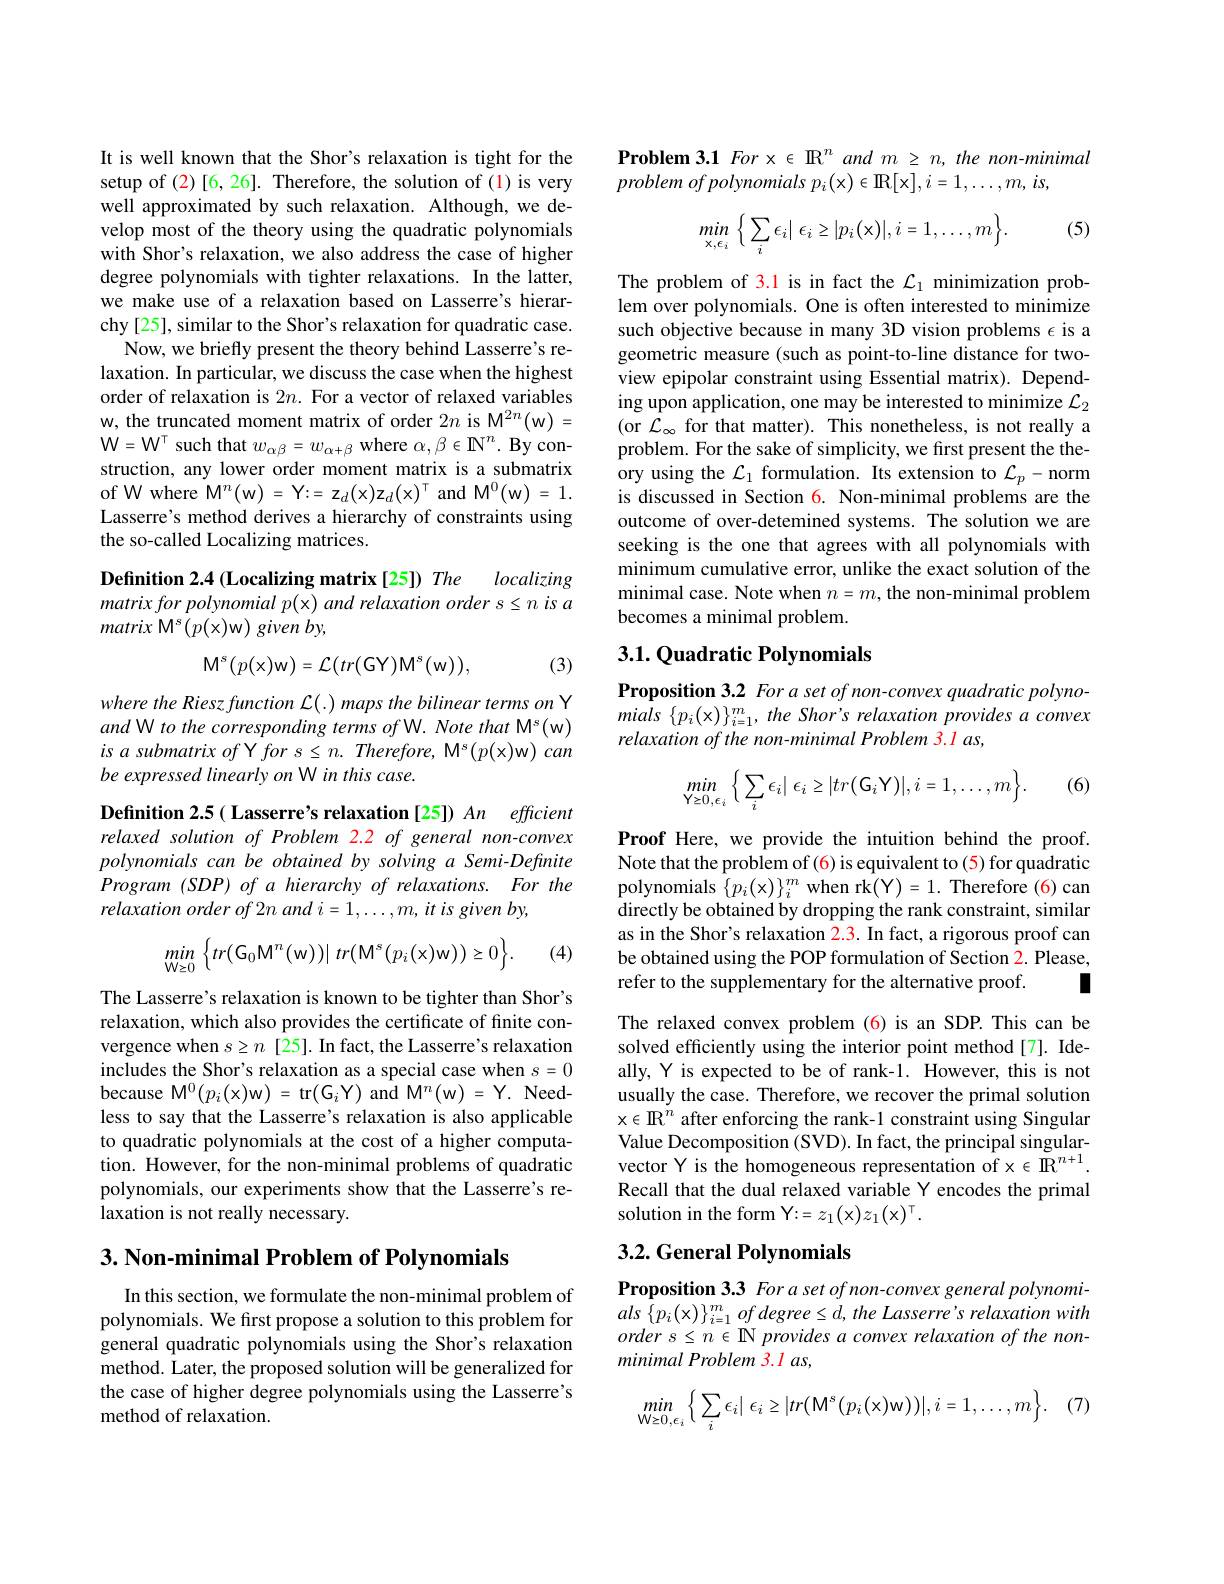
It is well known that the Shor's relaxation is tight for the setup of (2)[6,26]. Therefore, the solution of (1) is very well approximated by such relaxation. Although, we develop most of the theory using the quadratic polynomials with Shor's relaxation, we also address the case of higher degree polynomials with tighter relaxations. In the latter, we make use of a relaxation based on Lasserre's hierarchy [25], similar to the Shor's relaxation for quadratic case.
Now, we briefly present the theory behind Lasserre's relaxation. In particular, we discuss the case when the highest order of relaxation is $2n.$ For a vector of relaxed variables w, the truncated moment matrix of order $2n$ is M$^2n($w) = $\mathbf{W} = \mathbf{W} ^{\mathrm{T} }$ such that $w_\alpha\beta=w_\alpha+\beta$ where $\alpha,\beta\in\mathbf{N}^n.$ By construction, any lower order moment matrix is a submatrix of W where M$^n($w)=Y:=z$_d($x$)\mathbf{z}_d($x$)^\top$and M$^0($w)=1. Lasserre's method derives a hierarchy of constraints using the so-called Localizing matrices.

## Definition 2.4 (Localizing matrix[25]) The localizing $matrixforpolynomialp(x)andrelaxationorders\leq nisa$ matrix ${\mathrm{M} }^{s}( p( x) w)$ given $by$,

(3)
$$\mathrm{M}^{s}(p(\mathrm{x})\mathrm{w})=\mathcal{L}(tr(\mathrm{GY})\mathrm{M}^{s}(\mathrm{w})),$$
where the Riesz function L(.) maps the bilinear terms on Y and W to the corresponding terms of W. Note that M's(w) isasubmatrixof Y $fors\leq n.Therefore$, M'$(p(x)$w) can be expressed linearly on W in this case.

Definition 2.5( Lasserre's relaxation [25]) An efficient relaxed solution of Problem 2.2 of general non-convex polynomials can be obtained by solving a Semi-Definite $Program( SDP) \textit{of a hierarchy of relaxations. }For$ the $relaxation\textit{ order of 2n and i= 1, \ldots , m, it is given by}$,

(4)
$$\min\limits_{\text{W}\geq0}\Big\{tr(G_0M^n(w))|\:tr\big(M^s\big(p_i(x)w\big)\big)\geq0\Big\}.$$
The Lasserre's relaxation is known to be tighter than Shor's relaxation, which also provides the certificate of finite convergence when $s\geq n$ [25]. In fact, the Lasserre's relaxation includes the Shor's relaxation as a special case when $s=0$ because M$^0(p_{i}(x)w)=$tr$(G_{i}Y)$and M$^n(w)=Y.$ Needless to say that the Lasserre's relaxation is also applicable to quadratic polynomials at the cost of a higher computation. However, for the non-minimal problems of quadratic polynomials, our experiments show that the Lasserre's relaxation is not really necessary.

3. Non-minimal Problem of Polynomials

In this section, we formulate the non-minimal problem of polynomials. We first propose a solution to this problem for general quadratic polynomials using the Shor's relaxation method. Later, the proposed solution will be generalized for the case of higher degree polynomials using the Lasserre's method of relaxation.

$\textbf{Problem 3. 1 For x }\mathbb{R} ^{n}$ and $m\geq n, \textit{the non- minimal}$
$problem of polynomials p_{i}( x) \in$R$[ x] , i= 1, \ldots , m$, $is$,
$$\min\limits_{x,\epsilon_i}\Big\{\sum\limits_i\epsilon_i|\:\epsilon_i\ge|p_i(x)|,i=1,\dots,m\Big\}.$$
(5)

The problem of 3.1 is in fact the $\mathcal{L}_1$ minimization problem over polynomials. One is often interested to minimize such objective because in many 3D vision problems $\epsilon$ is a geometric measure (such as point-to-line distance for twoview epipolar constraint using Essential matrix). Depending upon application, one may be interested to minimize $\mathcal{L}_2$ (or $\mathcal{L}_\infty$ for that matter). This nonetheless, is not really a problem. For the sake of simplicity, we first present the theory using the $\mathcal{L}_1$ formulation. Its extension to $\mathcal{L}_p-$norm is discussed in Section $\color{red}6.$ Non-minimal problems are the outcome of over-detemined systems. The solution we are seeking is the one that agrees with all polynomials with minimum cumulative error, unlike the exact solution of the minimal case. Note when $n=m$, the non-minimal problem becomes a minimal problem.

## 3.1. Quadratic Polynomials

Proposition 3.2 For a set of non-convex quadratic polyno- $mials\left \{ p_{i}( \mathrm{x} ) \right \} _{i= 1}^{m}, the\textit{Shor' s relaxation provides a convex}$ relaxation of the non-minimal Problem 3.1 as,
$$\min\limits_{\text{Y}\ge0,\epsilon_i}\Big\{\sum\limits_i\epsilon_i|\:\epsilon_i\ge|tr\big(\text{G}_i\text{Y}\big)|,i=1,\dots,m\Big\}.$$
(6)

Proof Here, we provide the intuition behind the proof. Note that the problem of (6) is equivalent to (5) for quadratic polynomials $\{p_i($x$)\}_i^m$ when rk(Y)=1. Therefore (6)can directly be obtained by dropping the rank constraint, similar as in the Shor's relaxation 2.3. In fact, a rigorous proof can be obtained using the POP formulation of Section 2. Please, refer to the supplementary for the alternative proof.
I

The relaxed convex problem (6) is an SDP. This can be solved efficiently using the interior point method[7]. Ideally, Y is expected to be of rank-1. However, this is not usually the case. Therefore, we recover the primal solution x$\in\mathbb{R}^n$ after enforcing the rank-1 constraint using Singular Value Decomposition (SVD). In fact, the principal singularvector Y is the homogeneous representation of x $\in\mathbb{R}^{n+1}.$ Recall that the dual relaxed variable Y encodes the primal solution in the form Y:= z{1}(x)z{1}(x){}{}.

## 3.2. General Polynomials

Proposition 3.3 Fora set of non-convex general polynomi- $als\left\{p_{i}(x)\right\}_{i=1}^{m}ofdegree\leq d,the$ Lasserre's relaxation with $orders\leq n\in\mathbb{N}$ provides a convex relaxation of the nonminimal Problem 3.1 as,

(7)
$$\min_{\mathsf{W}\geq0,\epsilon_{i}}\Big\{\sum_{i}\epsilon_{i}\big|\:\epsilon_{i}\geq\big|tr\big(\mathsf{M}^{s}\big(p_{i}(x)w\big)\big)\big|,i=1,\ldots,m\Big\}.$$